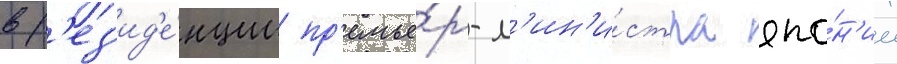
в р'ез'ид'е́нции пр'емье́р-м'ин'и́стра япо́н'ии